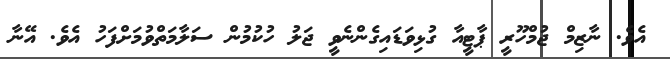
އެވެ. ނާޒިމް ޖުމްހޫރީ ޕާޓީއާ ގުޅިވަޑައިގެންނެވީ ޖަލު ހުކުމުން ސަލާމަތްވުމަށްފަހު އެވެ. އޭނާ